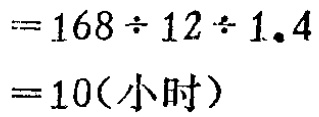
\[
\begin{align*}
&=168\div12\div1.4\\
& = 10(\text{小时})
\end{align*}
\]